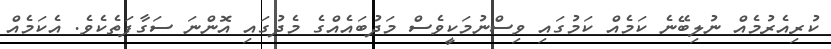
ކުރިއެރުމެއް ނުލިބޭނެ ކަމެއް ކަމުގައި ވިސްނުމަކީވެސް މަދުބައެއްގެ މެދުގައި އޮންނަ ސަގާފަތެކެވެ. އެކަމެއް